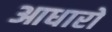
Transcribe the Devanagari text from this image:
आधारो